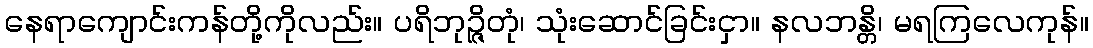
နေရာကျောင်းကန်တို့ကိုလည်း။ ပရိဘုဉ္ဇိတုံ၊ သုံးဆောင်ခြင်းငှာ။ နလဘန္တိ၊ မရကြလေကုန်။